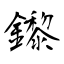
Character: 鑗